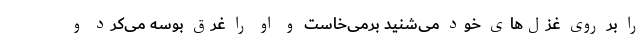
را بر روی غزل‌های خود می‌شنید برمی‌خاست و او را غرق بوسه می‌کرد و